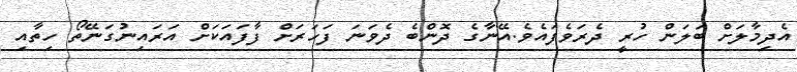
އެދިމާލަށް ބަލަން ހުރީ ދެރަވެފައެވެ.އޭނާގެ ދޮންބެ ދެވަނަ ފަހަރަށް ފާފައަކަށް އަރައިނުގަނޭތޯ ހިތާއި